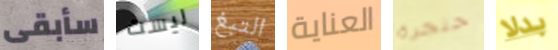
سأبقى ليست التبغ العناية حنجرة بدلا